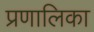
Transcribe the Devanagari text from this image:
प्रणालिका